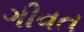
ગીવત